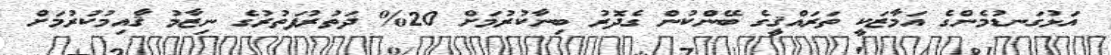
އަޅުގަނޑުމެންގެ އަމާޒަކީ ތަރައްޤީގެ ބޭންކުން ގެދޮރު ބިނާކުރުމަށް 20% ދަތުރުފަތުރުގެ ނިޒާމު ޤާއިމުކުރުމަށް